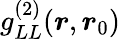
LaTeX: g_{LL}^{(2)}(\boldsymbol{r},\boldsymbol{r}_{0})